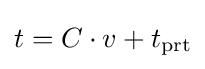
t=C\cdot v+t_{\text{prt}}